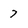
Character: 7